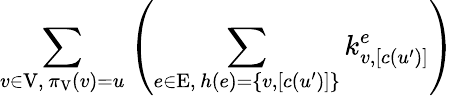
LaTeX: \sum_{\substack{v\in\mathrm{V},\, \pi_{\mathrm{V}}\left(v\right)=u}}\left(\sum_{\substack{e\in\mathrm{E},\, h\left(e\right)=\left\{ v,\left[c\left(u^{\prime}\right)\right]\right\} }}k_{v,\left[c\left(u^{\prime}\right)\right]}^{e}\right)